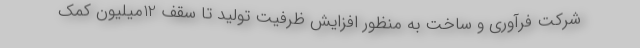
شرکت فرآوری و ساخت به منظور افزایش ظرفیت تولید تا سقف 12میلیون کمک